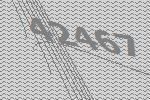
42467